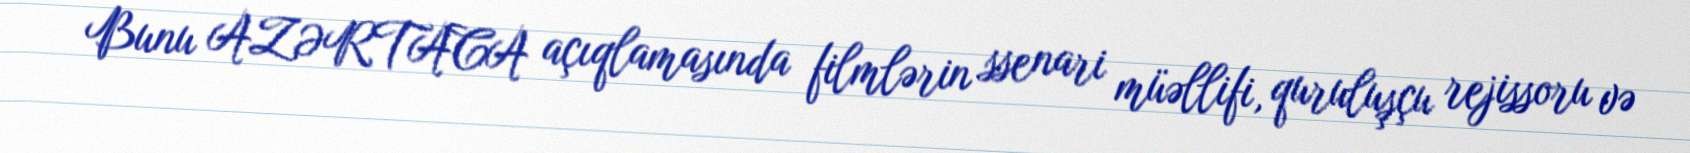
Bunu AZƏRTACA açıqlamasında filmlərin ssenari müəllifi, quruluşçu rejissoru və